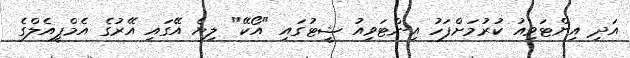
އަދި އިންޓަވިއު ކުރުމަށްފަހު އިންޓަވިއު ޝީޓުގައި "އޯކޭ" ލިޔެ އޭގައި އޭރުގެ އެމްޕީއެލްގެ